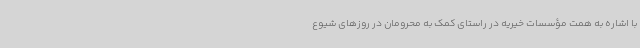
با اشاره به همت مؤسسات خیریه در راستای کمک به محرومان در روزهای شیوع